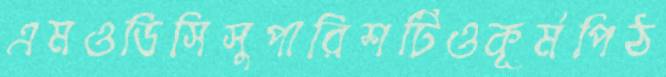
এমওডিসিসুপারিশটিওকূর্মপিঠ